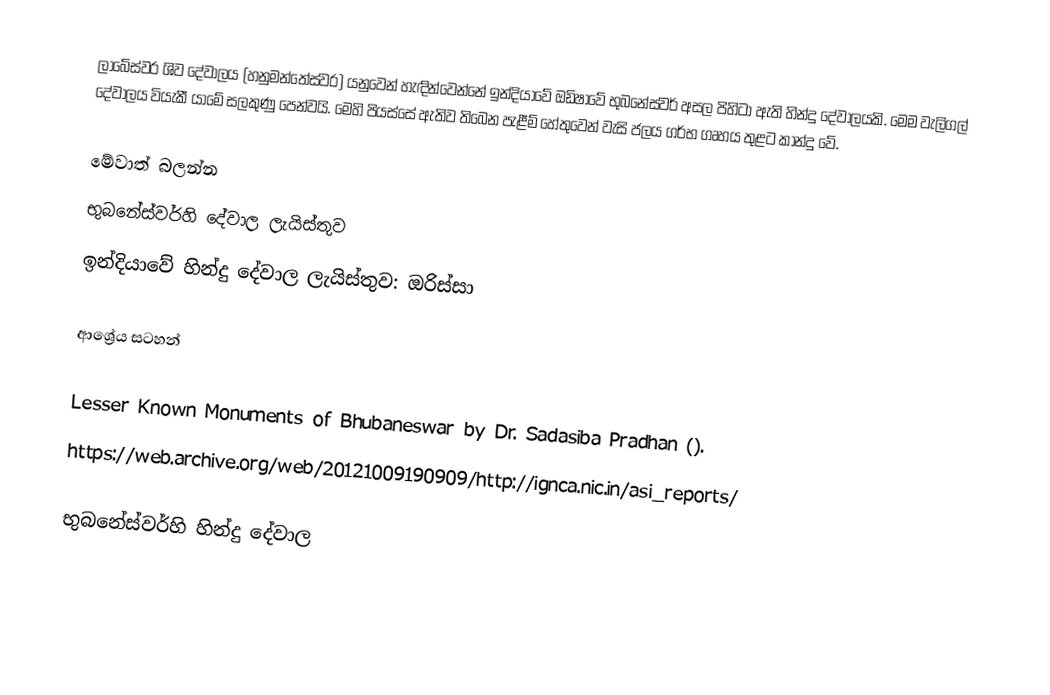
ලාබේස්වර ශිව දේවාලය (හනුමන්තේස්වර) යනුවෙන් හැඳින්වෙන්නේ ඉන්දියාවේ ඔඩිෂාවේ භුබනේස්වර් අසල පිහිටා ඇති හින්දු දේවාලයකි. මෙම වැලිගල් දේවාලය වියැකී යාමේ සලකුණු පෙන්වයි. මෙහි පියස්සේ ඇතිව තිබෙන පැළීම් හේතුවෙන් වැසි ජලය ගර්භ ගෘහය තුළට කාන්දු වේ.

මේවාත් බලන්න
 භුබනේස්වර්හි දේවාල ලැයිස්තුව
 ඉන්දියාවේ හින්දු දේවාල ලැයිස්තුව: ඔරිස්සා

ආශ්‍රේය සටහන්

Lesser Known Monuments of Bhubaneswar by Dr. Sadasiba Pradhan ().
https://web.archive.org/web/20121009190909/http://ignca.nic.in/asi_reports/

භුබනේස්වර්හි හින්දු දේවාල